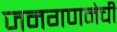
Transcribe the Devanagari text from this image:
जनगणनेची